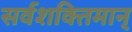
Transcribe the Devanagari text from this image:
सर्वशक्‍तिमान्